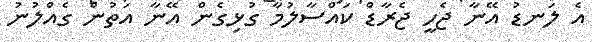
އެ ލަނޑު އޭނާ ޖެހީ ޖެރާޑް ކައްސާލުމާ ގުޅިގެން އޭނާ އަތުން ގެއްލުނު